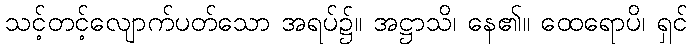
သင့်တင့်လျောက်ပတ်သော အရပ်၌။ အဋ္ဌာသိ၊ နေ၏။ ထေရောပိ၊ ရှင်